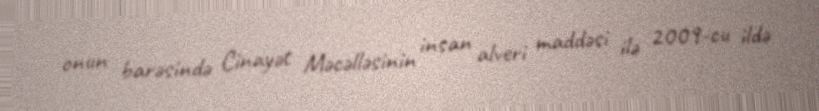
onun barəsində Cinayət Məcəlləsinin insan alveri maddəsi ilə 2009-cu ildə